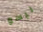
ليسو